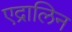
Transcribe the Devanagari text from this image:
एद्रालिन